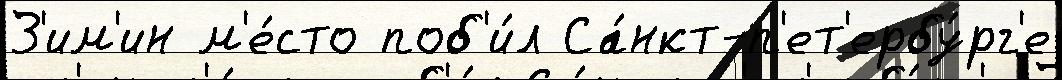
З'им'ин м'е́сто поб'и́л Са́нкт-п'ет'ербу́рг'е